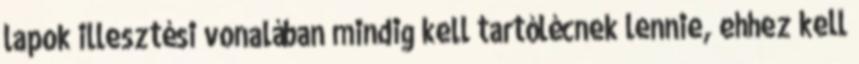
lapok illesztési vonalában mindig kell tartólécnek lennie, ehhez kell